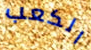
الكعب